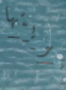
هويتها